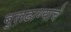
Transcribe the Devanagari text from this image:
बुलढाण्याचे